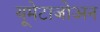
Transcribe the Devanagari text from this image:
यूमेटाजोअन